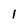
Character: 1